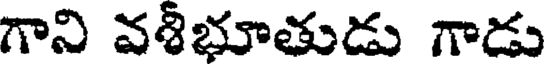
గాని వశీభూతుడు గాడు